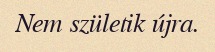
Nem születik újra.